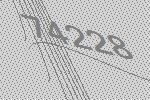
74228